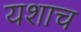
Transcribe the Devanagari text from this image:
यशाच